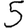
Digit: 5